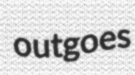
outgoes